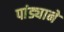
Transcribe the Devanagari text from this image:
पांड्याने